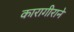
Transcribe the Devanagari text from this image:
कारागीराने